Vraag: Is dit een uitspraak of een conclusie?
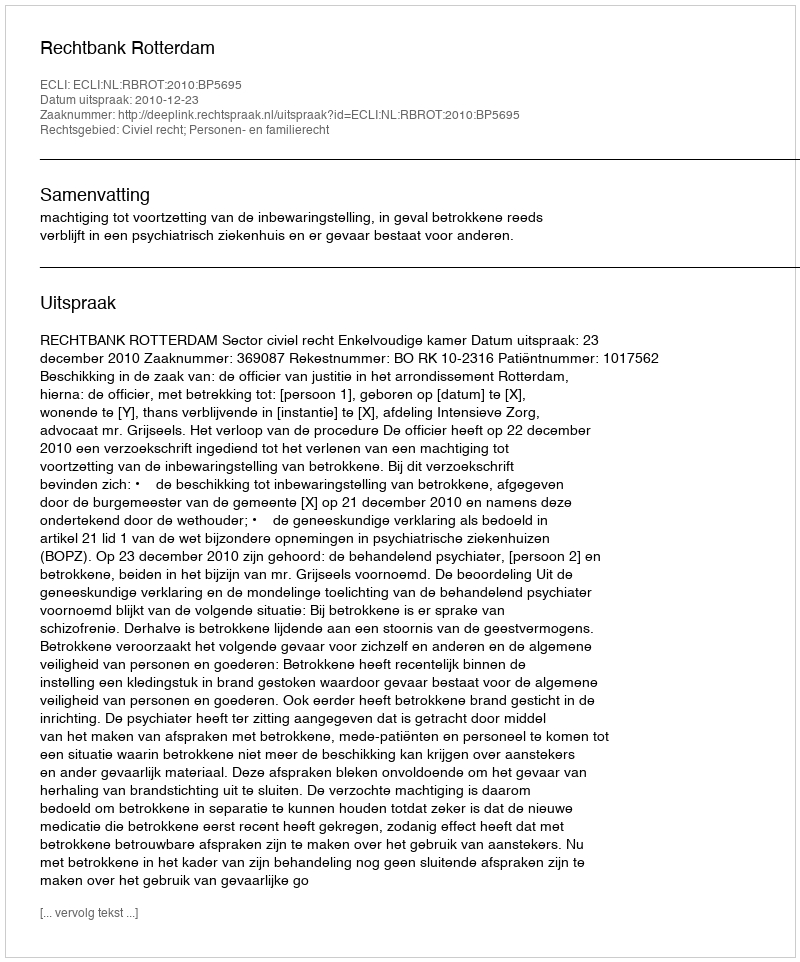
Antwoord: Uitspraak